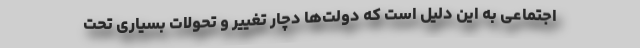
اجتماعی به این دلیل است که دولت‌ها دچار تغییر و تحولات بسیاری تحت